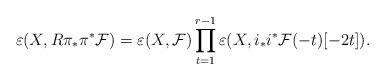
LaTeX: \begin{align*} \varepsilon(X,R\pi_\ast\pi^\ast\mathcal F)=\varepsilon(X,\mathcal F)\prod_{t=1}^{r-1}\varepsilon(X,i_\ast i^\ast\mathcal F(-t)[-2t]). \end{align*}